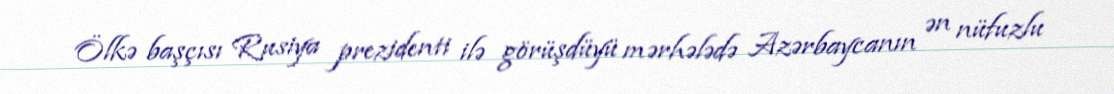
Ölkə başçısı Rusiya prezidenti ilə görüşdüyü mərhələdə Azərbaycanın ən nüfuzlu